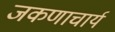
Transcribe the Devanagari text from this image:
जकणाचार्य